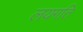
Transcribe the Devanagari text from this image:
लयगति